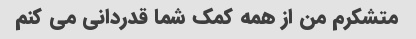
متشکرم من از همه کمک شما قدردانی می کنم